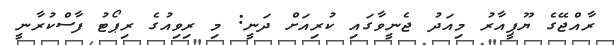
ރާއްޖޭގެ ޔޫޕީއާރު މިއަދު ޖެނީވާގައި ކުރިއަށް ދަނީ: މި ރިވިއުގެ ރިޕޯޓު ފާސްކުރާނީ